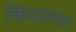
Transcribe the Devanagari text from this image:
कियातथा